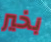
بخير